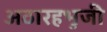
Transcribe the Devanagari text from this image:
अठारहभुजी